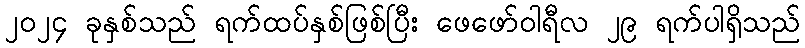
၂၀၂၄ ခုနှစ်သည် ရက်ထပ်နှစ်ဖြစ်ပြီး ဖေဖော်ဝါရီလ ၂၉ ရက်ပါရှိသည်